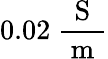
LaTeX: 0.02\ \frac{\mathrm{~S~}}{\mathrm{~m~}}